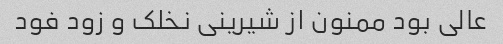
عالی بود ممنون از شیرینی نخلک و زود فود